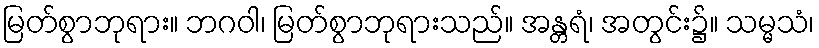
မြတ်စွာဘုရား။ ဘဂဝါ၊ မြတ်စွာဘုရားသည်။ အန္တရံ၊ အတွင်း၌။ သမ္မသံ၊